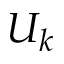
U _ { k }